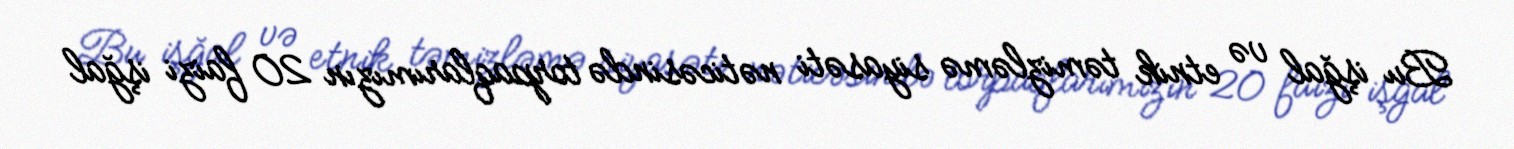
Bu işğal və etnik təmizləmə siyasəti nəticəsində torpaqlarımızın 20 faizi işğal